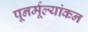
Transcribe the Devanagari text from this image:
पूनर्मूल्यांकन